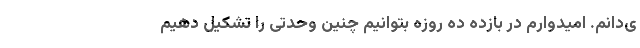
ی‌دانم. امیدوارم در بازده ده روزه بتوانیم چنین وحدتی را تشکیل دهیم